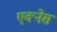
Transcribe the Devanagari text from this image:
एक्नेस